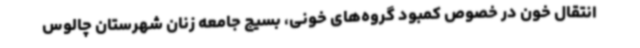
انتقال خون در خصوص کمبود گروه‌های خونی، بسیج جامعه زنان شهرستان چالوس